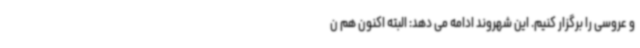
و عروسی را برگزار کنیم. این شهروند ادامه می دهد: البته اکنون هم ن